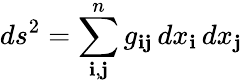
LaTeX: ds^{2}=\sum_{\mathbf{i},\mathbf{j}}^{n}g_{\mathbf{i}\mathbf{j}}\, dx_{\mathbf{i}}\, dx_{\mathbf{j}}